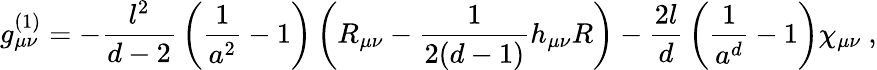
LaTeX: g_{\mu\nu}^{(1)}=-{\frac{l^{2}}{d-2}}\left({\frac{1}{a^{2}}}-1\right)\left(R_{\mu\nu}-{\frac{1}{2(d-1)}}h_{\mu\nu}R\right)-{\frac{2l}{d}}\left({\frac{1}{a^{d}}}-1\right)\chi_{\mu\nu}\ ,